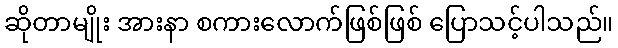
ဆိုတာမျိုး အားနာ စကားလောက်ဖြစ်ဖြစ် ပြောသင့်ပါသည်။